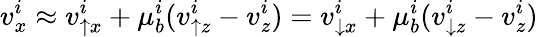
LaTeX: v_{x}^{i}\approx v_{\uparrow x}^{i}+\mu_{b}^{i}(v_{\uparrow z}^{i}-v_{z}^{i})=v_{\downarrow x}^{i}+\mu_{b}^{i}(v_{\downarrow z}^{i}-v_{z}^{i})